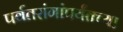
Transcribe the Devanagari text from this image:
पर्वतरांगांपर्यंतच्या